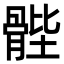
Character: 䯗